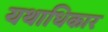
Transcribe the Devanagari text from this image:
यथाधिकार